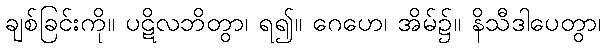
ချစ်ခြင်းကို။ ပဋိလဘိတွာ၊ ရ၍။ ဂေဟေ၊ အိမ်၌။ နိသီဒါပေတွာ၊